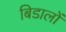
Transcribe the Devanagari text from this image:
बिडालों